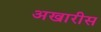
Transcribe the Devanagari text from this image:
अखारीस